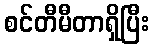
စင်တီမီတာရှိပြီး